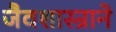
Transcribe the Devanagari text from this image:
जैवशास्त्राने